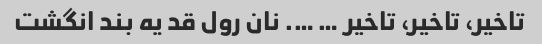
تاخیر، تاخیر، تاخیر … …. نان رول قد یه بند انگشت